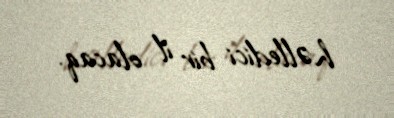
həlledici bir il olacaq.